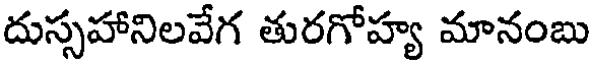
దుస్సహానిలవేగ తురగోహ్య మానంబు